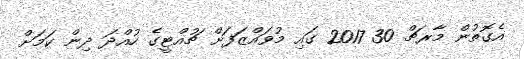
އެގޮތުން މާރޗް 30 2017 ގައި މުވައްޒަފަށް ޗުއްޓީގެ ހުއްދަ ދިން ކަމަށް